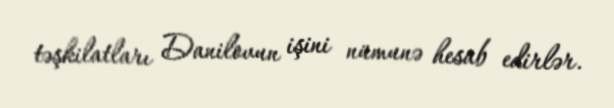
təşkilatları Danilovun işini nümunə hesab edirlər.